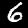
Digit: 6